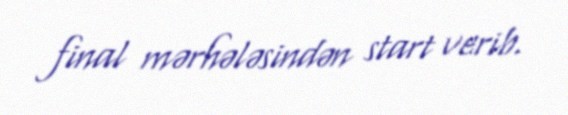
final mərhələsindən start verib.